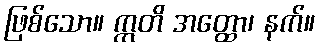
ဖြစ်သော။ ဣတိ အတ္ထော၊ နက်။